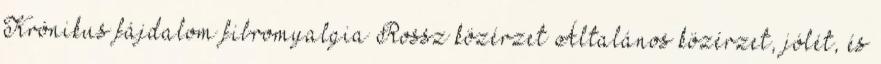
Krónikus fájdalom fibromyalgia Rossz közérzet Általános közérzet, jólét, és